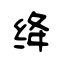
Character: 绛